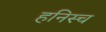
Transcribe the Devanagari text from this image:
हनिस्च